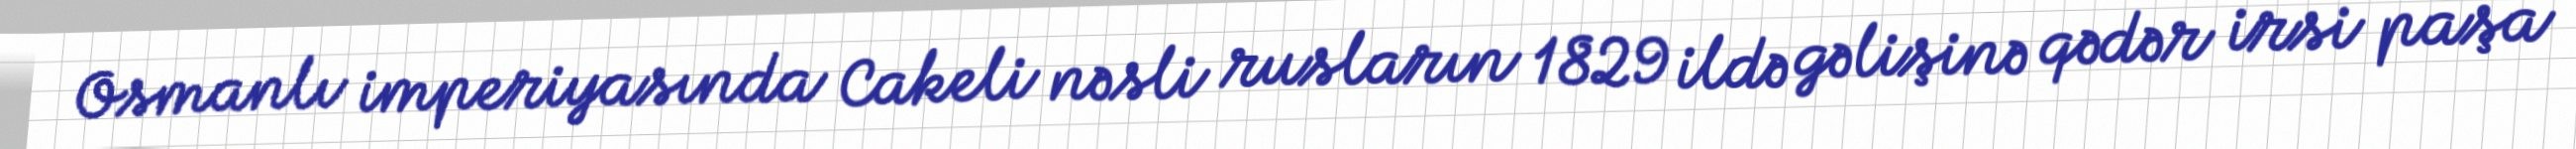
Osmanlı imperiyasında Cakeli nəsli rusların 1829 ildə gəlişinə qədər irsi paşa